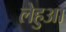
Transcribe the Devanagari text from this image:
लेहुआ